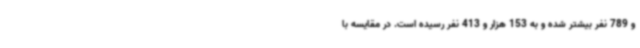
و 789 نفر بیشتر شده و به 153 هزار و 413 نفر رسیده است. در مقایسه با